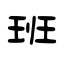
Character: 班